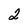
Character: 2